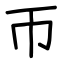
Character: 帀